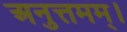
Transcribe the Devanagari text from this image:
अनुत्तमम्‌।